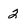
Character: 2